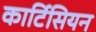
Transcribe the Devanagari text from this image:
कार्टिसियन